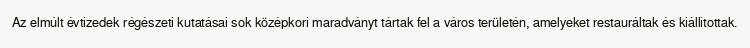
Az elmúlt évtizedek régészeti kutatásai sok középkori maradványt tártak fel a város területén, amelyeket restauráltak és kiállítottak.